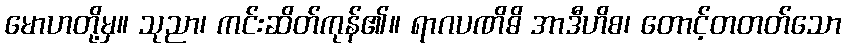
မောဟတို့မှ။ သုညာ၊ ကင်းဆိတ်ကုန်၏။ ရာဂပဏိဓိ အာဒီဟိစ၊ တောင့်တတတ်သော